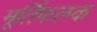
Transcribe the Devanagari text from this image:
मूर्तिफलक